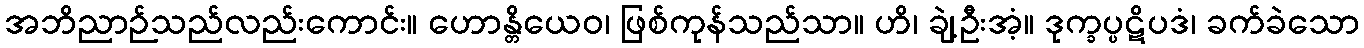
အဘိညာဉ်သည်လည်းကောင်း။ ဟောန္တိယေဝ၊ ဖြစ်ကုန်သည်သာ။ ဟိ၊ ချဲ့ဦးအံ့။ ဒုက္ခပ္ပဋိပဒံ၊ ခက်ခဲသော